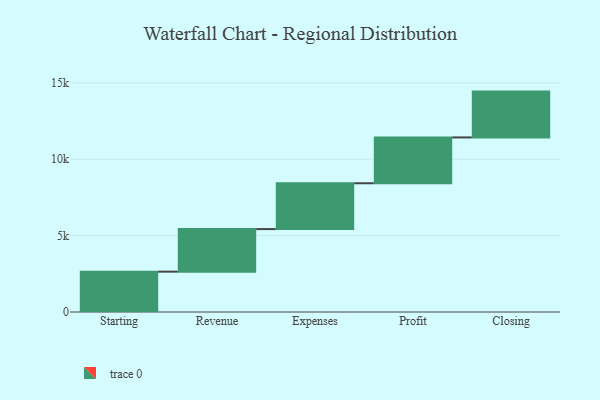
{"axis": {"x": "Step", "y": "Value"}, "legend": [""], "data": [{"x": "Starting", "y": 2641.0, "type": ""}, {"x": "Revenue", "y": 2786.0, "type": ""}, {"x": "Expenses", "y": 3000, "type": ""}, {"x": "Profit", "y": 3000, "type": ""}, {"x": "Closing", "y": 3000, "type": ""}]}